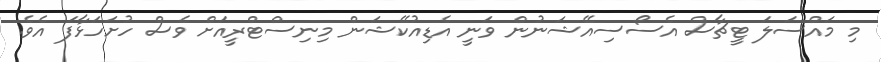
މި މައްސަލަ ޓީޗާސް އެސޯސިއޭޝަނުން ވަނީ އެޑިއުކޭޝަން މިނިސްޓްރީއަށް ވެސް ހުށަހަޅާފަ އެވެ.